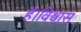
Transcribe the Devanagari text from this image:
है।विश्वास